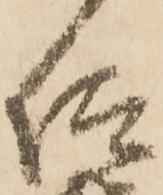
仰